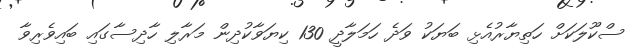
ސްކޫލަކަށް ހަތިޔާރުއެޅި ބަޔަކު ވަދެ ހަމަލާދީ 130 ކިޔަވާކުދިން މަރާލި ހާދިސާގައި ބައިވެރިވާ